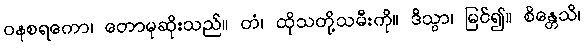
ဝနစရကော၊ တောမုဆိုးသည်။ တံ၊ ထိုသတို့သမီးကို။ ဒိသွာ၊ မြင်၍။ စိန္တေသိ၊